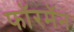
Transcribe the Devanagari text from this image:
फॉरमॅन